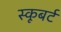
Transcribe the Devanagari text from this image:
स्कूबर्ट